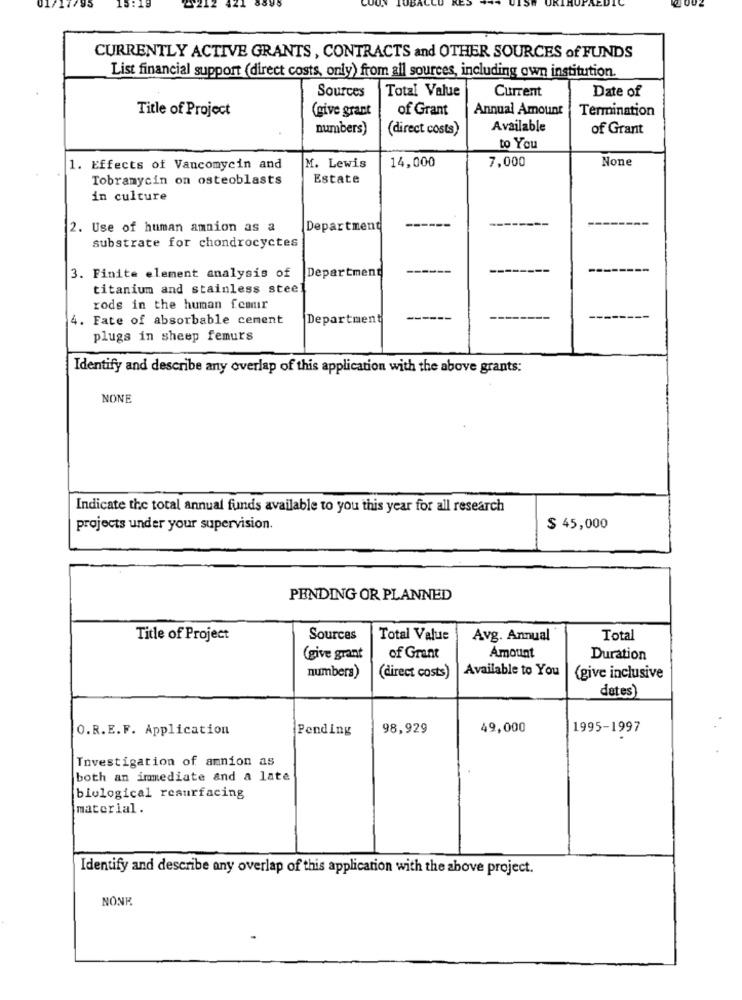
CURRENTLY ACTIVE GRANTS, CONTRACTS and OTHER SOURCES of FUNDS
List financial support (direct costs, only) from all sources, including own institution.
Sources
Total Value
Current
Date of
Title of Project
(give grant
of Grant
Annual Amount
Termination
numbers)
(direct costs)
Available
of Grant
to You
14,000
7,000
1. Effects of Vancomycin and
M. Lewis
Tobramycin on osteoblasts
Estate
in culture
------
2. Use of human amnion as a
Department
------
substrate for chondrocyctes
Department
-
---
3. Finite element analysis of
titanium and stainless steel
rods in the human femur
4. Fate of absorbable cement
Department
plugs in sheep femurs
Identify and describe any overlap of this application with the above grants:
NONE
Indicate the total annual funds available to you this year for all research
projects under your supervision.
$ 45,000
PENDING OR PLANNEDD
Title of Project
Sources
Total Value
Avg. Annual
Total
(give grant
of Grant
Amount
Duration
numbers)
Available to You
(direct costs)
(give inclusive
dates)
O.R.E.F. Application
Pending
98,929
49,000
1995-1997
Investigation of amnion as
both an immediate and a late
biological resurfacing
material.
Identify and describe any overlap of this application with the above project.
NONK